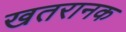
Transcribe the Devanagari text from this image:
खतरानक